Civil Veterinary Dept. Bombay admin report 1907-1913 - 1907-1913
Year: 1907
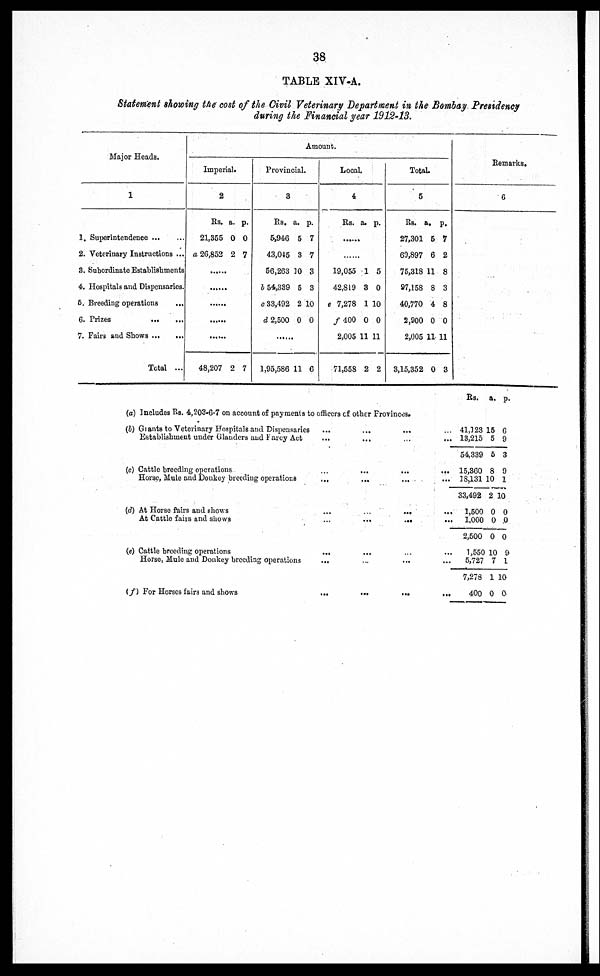
38
TABLE XIV-A.
Statement showing the cost of the Civil Veterinary Department in tie Bombay Presidency
during the Financial year 1912-13.
Major Heads.
1
1. Superintendence ... ...
2. Veterinary Instructions ...
3. Subordinate Establishments
4. Hospitals and Dispensaries.
5. Breeding operations ...
6. Prizes
...
...
7. Fairs and Shows ... ...
Total ...
Amount.
Imperial.
2
Rs. a. p.
21,355 0 0
a 26,852 2 7
......
......
......
......
......
48,207 2 7
Provincial.
8
Rs. a. p.
5,946 5 7
43,045 8 7
56,263 10 3
b 54,339 5 3
c 33,492 2 10
d 2,500 0 0
......
1,95,586 11 6
Local.
4
Rs. a. p.
......
......
19,055 1 5
42,819 8 0
e 7,278 1 10
f 400 0 0
2,005 11 11
71,558 2 2
Total.
5
Rs. a. p.
27,301 6 7
60,897 6 2
75,318 11 8
97,158 8 3
40,770 4 8
2,900 0 0
2,005 11 11
3,15,352 0 3
Remarks.
C
(a) Includes Rs. 4,203-6-7 on account of payments to officers of other Provinces.
(b) Grants to Veterinary Hospitals and Dispensaries ... ... ...
Establishment under Glanders and Farcy Act ... ... ...
(c) Cattle breeding operations ... ... ...
Horse, Mule and Donkey breeding operations
...
... ...
(d) At Horse fairs and
shows
...
...
...
At Cattle fairs and shows
...
...
...
(e) Cattle breeding operations
... ... ...
Horse, Mule and Donkey breeding operations
... ... ...
(f) For Horses fairs and shows
...
...
...
...
...
...
...
...
...
...
...
...
Rs. a. p.
41,123 15 6
13,215 5 9
54,339 5 3
15,360 8 9
18,131 10 1
33,492 2 10
1,500 0 0
1,000 0 0
2,500 0 0
1,550 10 9
5,727 7 1
7,278 1 10
400 0 0